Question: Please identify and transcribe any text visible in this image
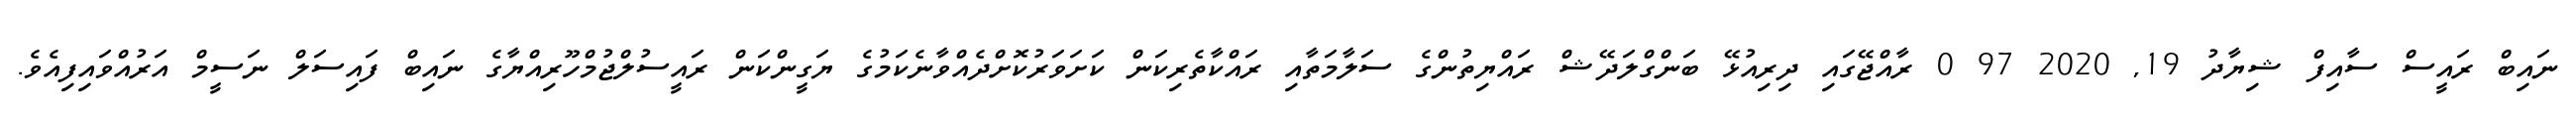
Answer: ނައިބް ރައީސް ސާއިފް ޝިޔާދު 19, 2020 97 0 ރާއްޖޭގައި ދިރިއުޅޭ ބަންގްލަދޭޝް ރައްޔިތުންގެ ސަލާމަތާއި ރައްކާތެރިކަން ކަށަވަރުކޮށްދެއްވާނެކަމުގެ ޔަގީންކަން ރައީސުލްޖުމްހޫރިއްޔާގެ ނައިބް ފައިސަލް ނަސީމް އަރުއްވައިފިއެވެ.